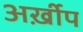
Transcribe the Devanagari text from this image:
अर्ख़ीप